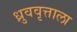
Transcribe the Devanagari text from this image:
ध्रुववृत्ताला